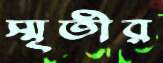
স্মৃতীর